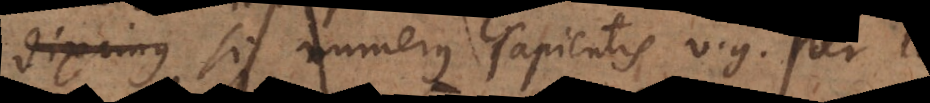
m si numerus sapientis v.g. 10